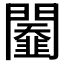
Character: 𨷆